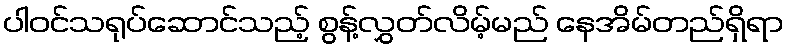
ပါဝင်သရုပ်ဆောင်သည့် စွန့်လွှတ်လိမ့်မည် နေအိမ်တည်ရှိရာ